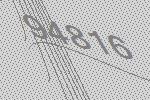
94816